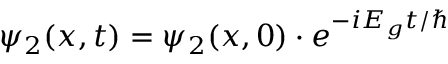
\psi _ { 2 } ( x , t ) = \psi _ { 2 } ( x , 0 ) \cdot e ^ { - i E _ { g } t / \hbar }